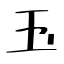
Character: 玉